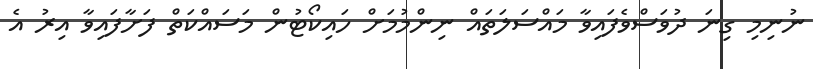
ނުނިމި ގިނަ ދުވަސްވެފައިވާ މައްސަލަތައް ނިންމުމަށް ހައިކޯޓުން މަސައްކަތް ފަށާފައިވާ އިރު އެ